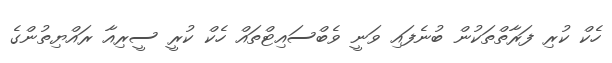
ހެކް ކުރި ފަރާތްތަކުން ބުނެފައި ވަނީ ވެބްސައިޓްތައް ހެކް ކުރީ ސީރިއާ ރައްޔިތުންގެ